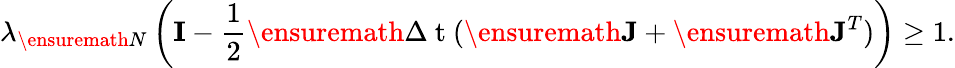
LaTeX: \lambda_{\ensuremath{N}}\left({\mathbf{I}}-\frac{1}{2}\ensuremath{\Delta\mathrm{~t~}}(\ensuremath{\mathbf{J}}+\ensuremath{\mathbf{J}}^{T})\right)\geq 1.